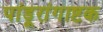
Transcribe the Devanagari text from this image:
पांडूरांगाष्टक